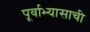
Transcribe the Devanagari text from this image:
पूर्वाभ्यासाची